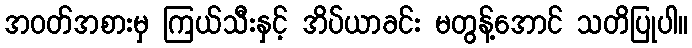
အဝတ်အစားမှ ကြယ်သီးနှင့် အိပ်ယာခင်း မတွန့်အောင် သတိပြုပါ။